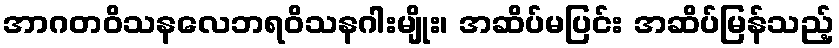
အာဂတဝိသနလေဘရဝိသနဂါးမျိုး၊ အဆိပ်မပြင်း အဆိပ်မြန်သည့်